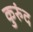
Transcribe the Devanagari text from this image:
कुरुंद